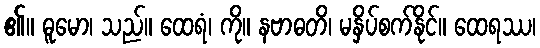
၏။ ဓူမော၊ သည်။ ထေရံ၊ ကို။ နဗာဓတိ၊ မနှိပ်စက်နိုင်။ ထေရဿ၊